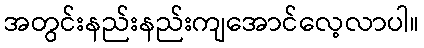
အတွင်းနည်းနည်းကျအောင်လေ့လာပါ။